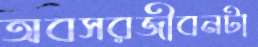
অবসরজীবনটা